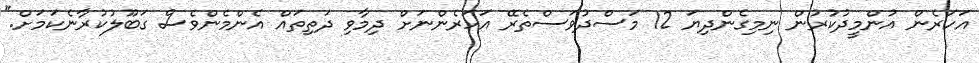
އަހަރެން އުންމީދުކުރުން ނިމިގެންދިޔަ 12 މަސްދުވަސްތެރޭ އަހަރެންނަށް ދިމާވި ދަތިތައް އެންމެންވެސް ގަބޫލުކުރާނެކަމަށް."